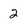
Character: 2